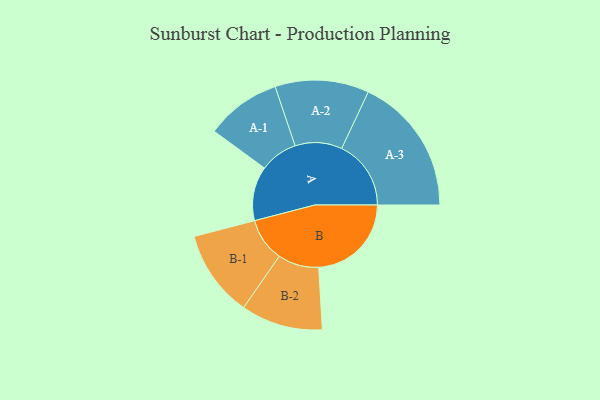
{"axis": {"x": "Segment", "y": "Value"}, "legend": ["", "A", "B"], "data": [{"x": "A", "y": 235, "type": ""}, {"x": "B", "y": 401, "type": ""}, {"x": "A-1", "y": 163, "type": "A"}, {"x": "A-2", "y": 203, "type": "A"}, {"x": "A-3", "y": 300, "type": "A"}, {"x": "B-1", "y": 188, "type": "B"}, {"x": "B-2", "y": 177, "type": "B"}]}